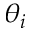
\theta _ { i }